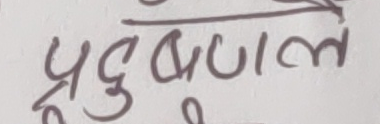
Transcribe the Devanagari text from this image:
प्रदुबल